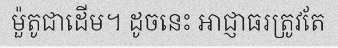
ម៉ួតូជាដើម។ ដូចនេះ អាជ្ញាធរត្រូវតែ